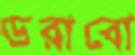
ডরাবো